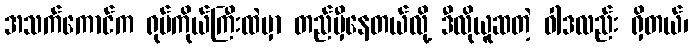
အသက်ကောင်က ရုပ်ကိုယ်ကြီးထဲမှာ တည်မှီနေတယ်လို့ ဒီလိုယူဆတဲ့ ဝါဒလည်း ရှိတယ်၊